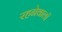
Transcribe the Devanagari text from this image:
रहनेवालॉ